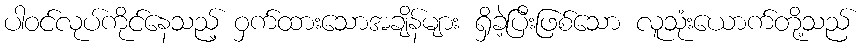
ပါဝင်လုပ်ကိုင်နေသည့် ဝှက်ထားသောအချိန်များ ရှိခဲ့ပြီးဖြစ်သော လူသုံးယောက်တို့သည်